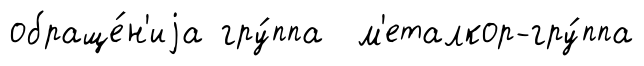
обраще́н'иjа гру́ппа м'еталкор-гру́ппа